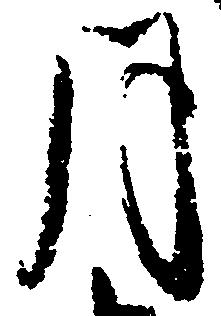
月